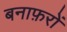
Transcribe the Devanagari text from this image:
बनाफ़रों